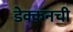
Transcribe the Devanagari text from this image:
डेक्कनची